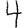
Digit: 4